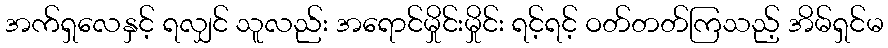
အက်ရှလေနှင့် ရလျှင် သူလည်း အရောင်မှိုင်းမှိုင်း ရင့်ရင့် ဝတ်တတ်ကြသည့် အိမ်ရှင်မ